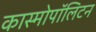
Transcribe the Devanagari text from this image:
कास्मोपॉलिटन